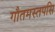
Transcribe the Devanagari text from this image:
गौतमस्तपसि